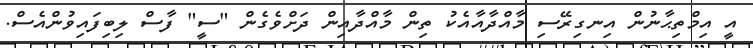
އީ އިމްތިޙާނުން އިނގިރޭސި މާއްދާއާއެކު ތިން މާއްދާއިން ދަށްވެގެން "ސީ" ފާސް ލިބިފައިވުންއެސް.